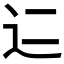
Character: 𬨜